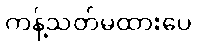
ကန့်သတ်မထားပေ